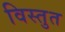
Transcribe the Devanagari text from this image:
विस्तुत